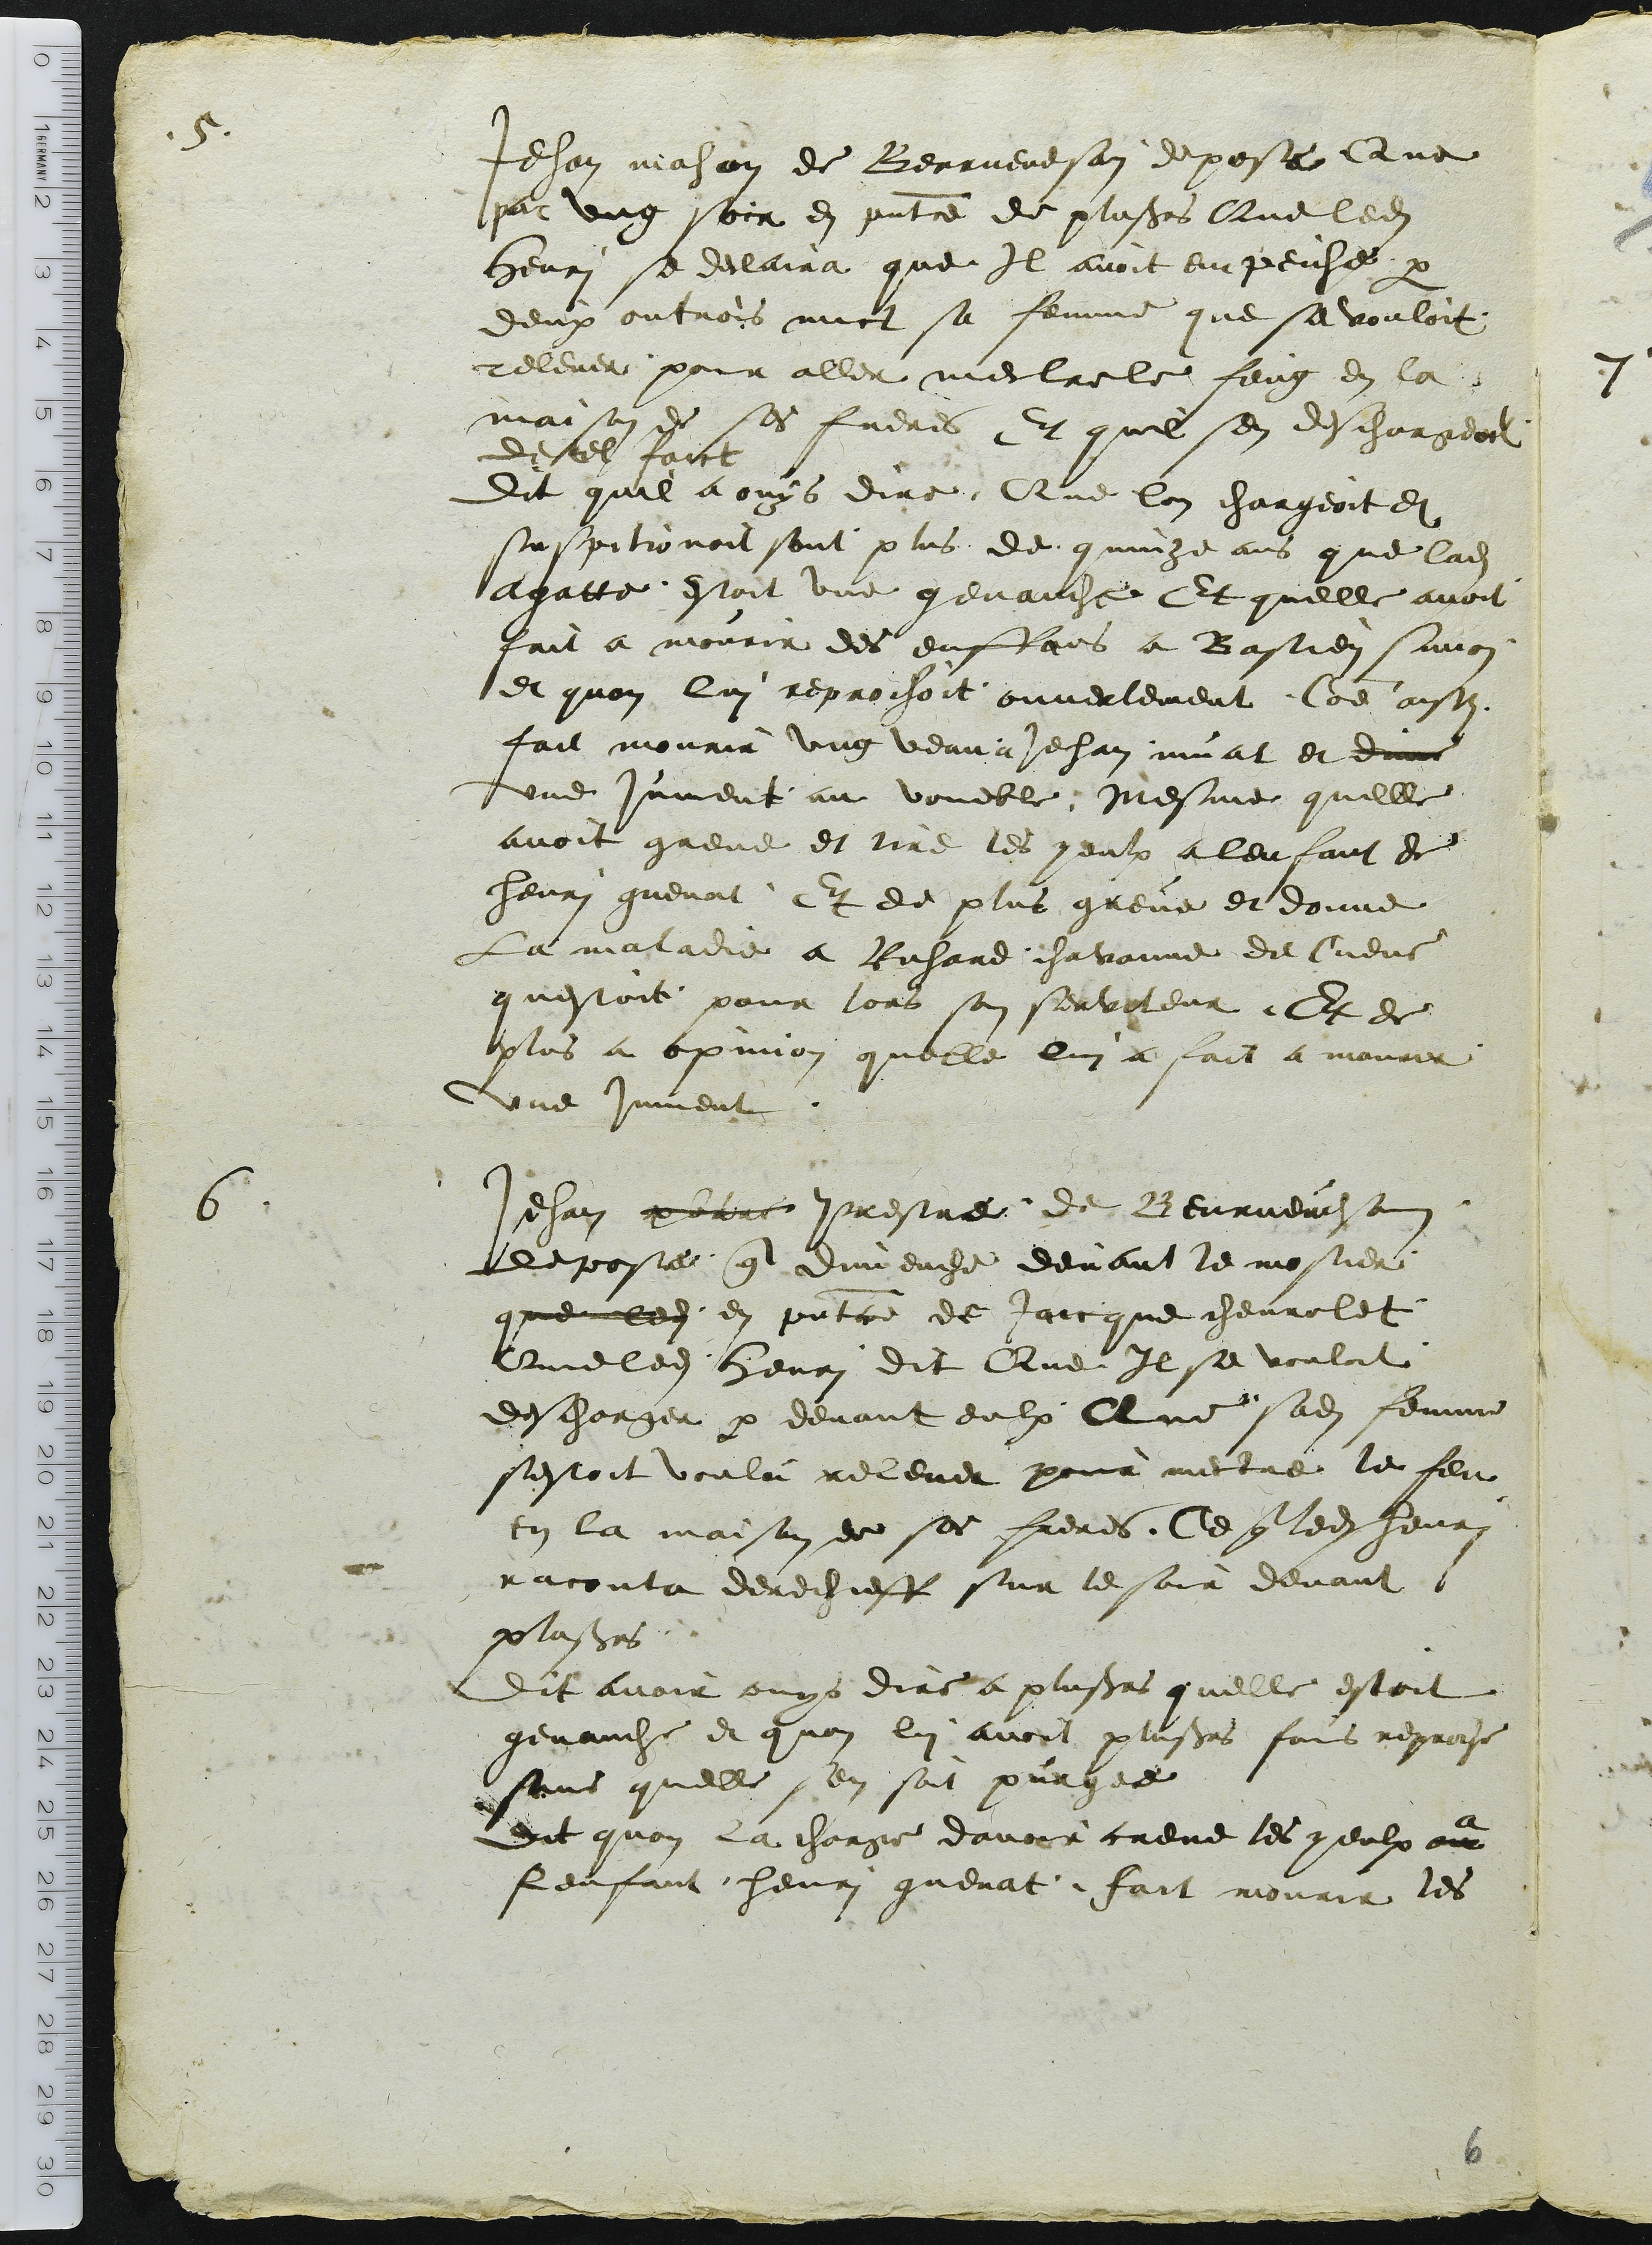
Jehan mahon de Beurnevesain depose Que
par ung soir en presentce de plusieurs Que ledit
Henri se declaira que Il avoit empeiche par
deux ou trois nuct sa femme que se vouloit
relever pour aller mectre le feug en la
maison de ses freres Et quil sen deschargeoit
de tel faict
Dit quil a ouys dire Que lon chargeoit et
suspitionoit sont plus de quinze ans que ladite
Agatte estoit une genauche Et quelle avoit
fait a mourir des enffans a Bastien simon
et quon lui reprochoit ouvertement Comme aussi
fait mourir ung veau a Jehan muat et dune
une jument au voueble mesme quelle
avoit greve et tire les yeulx a lenfant de
henri guenat Et de plus greve et donne
La maladie a Richard chavanne de Cueve
questoit pour lors son serviteur. Et de
plus a opinion quelle lui a fait a mourir
une jument.
Jehan pbtre Prestre de Beurnevesain
depose que dimenche devant le mostier
que led en presentce de Jaicque chevrolet
Que ledit henri dit Que Il se vouloit
descharger par devant eulx Que sadite femme
sestoit voulu relever pour mectre le feu
en la maison de ses freres. Ce que ledit henri
raconta derechieff sur le soir devant
plusieurs
Dit avoir ouys dire a plusieurs quelle estoit
genauche et quon lui avoit plusieurs fois reproche
sans quelle sen soit purgee
dit quon la charge davoir creve les yeulx au a
lenfant henri guenat, fait mourir les